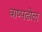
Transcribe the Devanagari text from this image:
वाष्पढोल